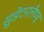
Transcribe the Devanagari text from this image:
सुडेटनलैण्ड